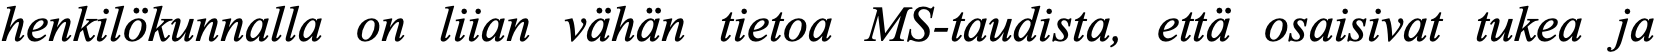
henkilökunnalla on liian vähän tietoa MS-taudista, että osaisivat tukea ja